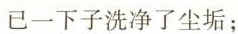
已一下子洗净了尘垢；